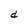
Character: d